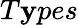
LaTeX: T\mathbf{y}pes